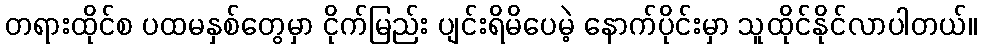
တရားထိုင်စ ပထမနှစ်တွေမှာ ငိုက်မြည်း ပျင်းရိမိပေမဲ့ နောက်ပိုင်းမှာ သူထိုင်နိုင်လာပါတယ်။